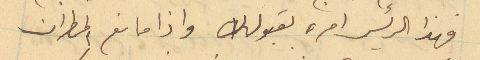
فهذا الرئيس امره بقبولك واذا مانع المطران